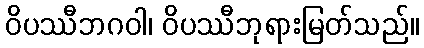
ဝိပဿီဘဂဝါ၊ ဝိပဿီဘုရားမြတ်သည်။